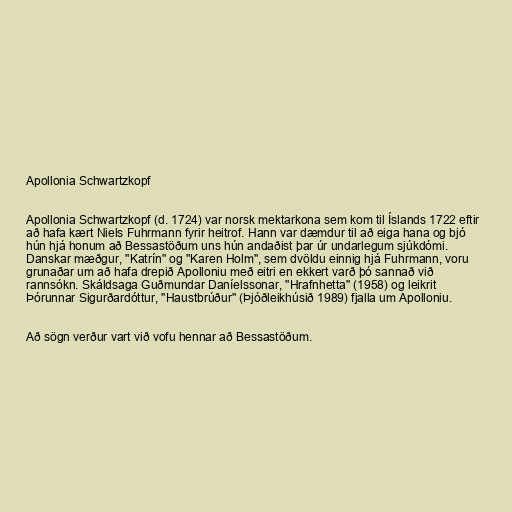
Apollonia Schwartzkopf

Apollonia Schwartzkopf (d. 1724) var norsk mektarkona sem kom til Íslands 1722 eftir
að hafa kært Niels Fuhrmann fyrir heitrof. Hann var dæmdur til að eiga hana og bjó
hún hjá honum að Bessastöðum uns hún andaðist þar úr undarlegum sjúkdómi.
Danskar mæðgur, "Katrín" og "Karen Holm", sem dvöldu einnig hjá Fuhrmann, voru
grunaðar um að hafa drepið Apolloniu með eitri en ekkert varð þó sannað við
rannsókn. Skáldsaga Guðmundar Daníelssonar, "Hrafnhetta" (1958) og leikrit
Þórunnar Sigurðardóttur, "Haustbrúður" (Þjóðleikhúsið 1989) fjalla um Apolloniu.

Að sögn verður vart við vofu hennar að Bessastöðum.